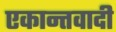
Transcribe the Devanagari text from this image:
एकान्तवादी